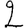
Digit: 2